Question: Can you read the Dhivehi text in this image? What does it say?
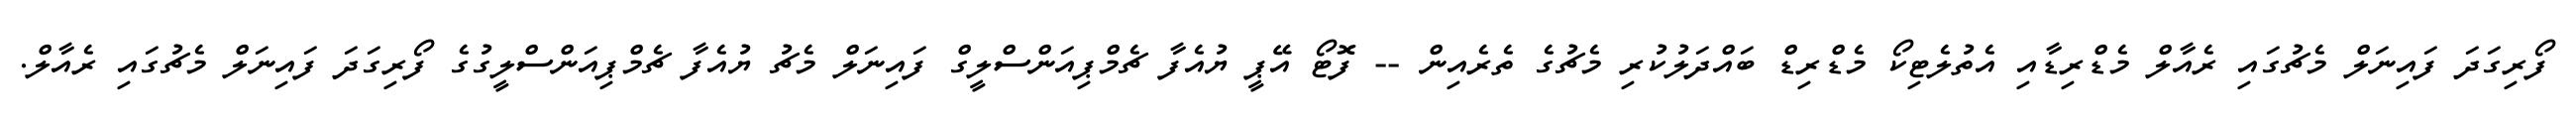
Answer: ފޯރިގަދަ ފައިނަލް މެޗުގައި ރެއާލް މެޑްރިޑާއި އެތުލެޓިކޯ މެޑްރިޑް ބައްދަލުކުރި މެޗުގެ ތެރެއިން -- ފޮޓޯ އޭޕީ ޔުއެފާ ޗެމްޕިއަންސްލީގް ފައިނަލް މެޗު ޔުއެފާ ޗެމްޕިއަންސްލީގުގެ ފޯރިގަދަ ފައިނަލް މެޗުގައި ރެއާލް.